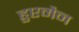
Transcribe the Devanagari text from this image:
हुप्टमैन